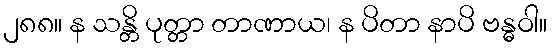
၂၈၈။ န သန္တိ ပုတ္တာ တာဏာယ၊ န ပိတာ နာပိ ဗန္ဓဝါ။